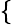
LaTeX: \small\left\{ \begin{array}{rl}\end{array}\right.